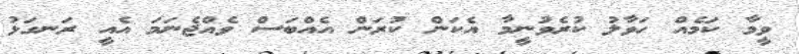
ވީމާ ކަމެއް ހަވާލު ކުރެވުނީމާ އެކަން ކުރަން އެއްބަސް ވެއްޖެނަމަ އެއީ ރަނގަޅު